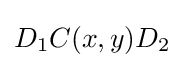
D_{1}C(x,y)D_{2}